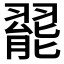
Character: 𬚆